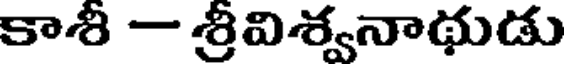
కాశీ - శ్రీవిశ్వనాథుడు